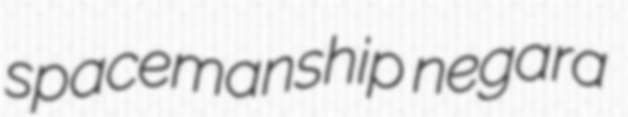
spacemanship negara